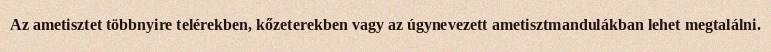
Az ametisztet többnyire telérekben, kőzeterekben vagy az úgynevezett ametisztmandulákban lehet megtalálni.